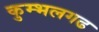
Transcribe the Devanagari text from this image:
कुम्‍भलगढ